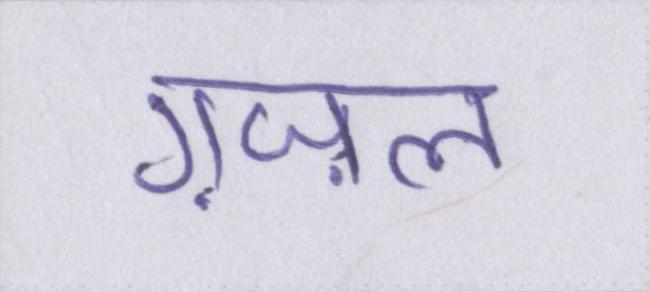
ग़ज़ल